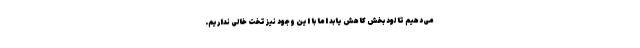
می‌دهیم تا لود بخش کاهش یابد اما با این وجود نیز تخت خالی نداریم.